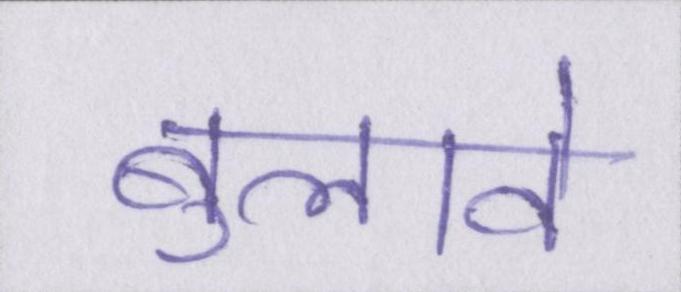
बुलावे